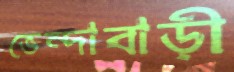
ভেন্দাবাড়ী